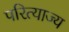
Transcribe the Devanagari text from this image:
परित्याज्य